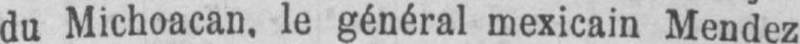
du Michoacan, le général mexicain Mendez